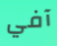
آفي